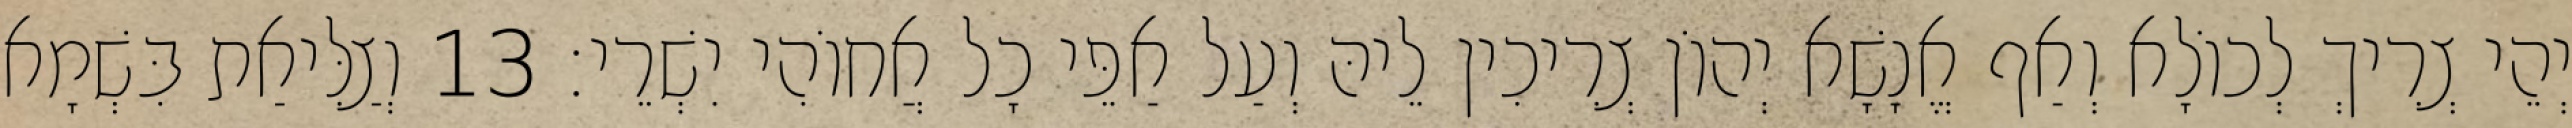
יְהֵי צְרִיךְ לְכוֹלָא וְאַף אֱנָשָׁא יְהוֹן צְרִיכִין לֵיהּ וְעַל אַפֵּי כָל אֲחוֹהִי יִשְׁרֵי׃ 13 וְצַלִּיאַת בִּשְׁמָא